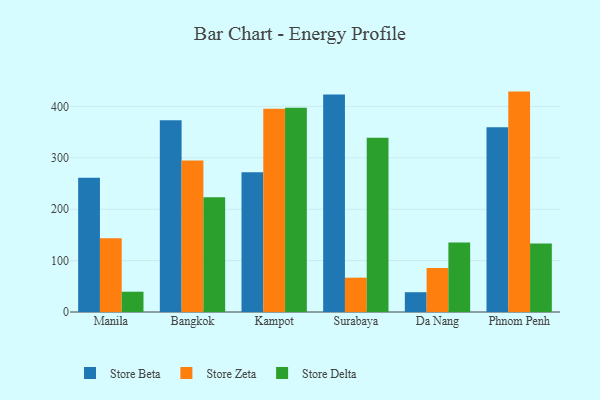
{"axis": {"x": "City", "y": "Page Views"}, "legend": ["Store Beta", "Store Delta", "Store Zeta"], "data": [{"x": "Manila", "y": 261.1, "type": "Store Beta"}, {"x": "Manila", "y": 143.6, "type": "Store Zeta"}, {"x": "Manila", "y": 39.5, "type": "Store Delta"}, {"x": "Bangkok", "y": 373.1, "type": "Store Beta"}, {"x": "Bangkok", "y": 294.7, "type": "Store Zeta"}, {"x": "Bangkok", "y": 223.2, "type": "Store Delta"}, {"x": "Kampot", "y": 271.7, "type": "Store Beta"}, {"x": "Kampot", "y": 395.2, "type": "Store Zeta"}, {"x": "Kampot", "y": 397.5, "type": "Store Delta"}, {"x": "Surabaya", "y": 423.1, "type": "Store Beta"}, {"x": "Surabaya", "y": 66.8, "type": "Store Zeta"}, {"x": "Surabaya", "y": 339.2, "type": "Store Delta"}, {"x": "Da Nang", "y": 38.5, "type": "Store Beta"}, {"x": "Da Nang", "y": 85.6, "type": "Store Zeta"}, {"x": "Da Nang", "y": 135.3, "type": "Store Delta"}, {"x": "Phnom Penh", "y": 359.2, "type": "Store Beta"}, {"x": "Phnom Penh", "y": 428.8, "type": "Store Zeta"}, {"x": "Phnom Penh", "y": 133.3, "type": "Store Delta"}]}